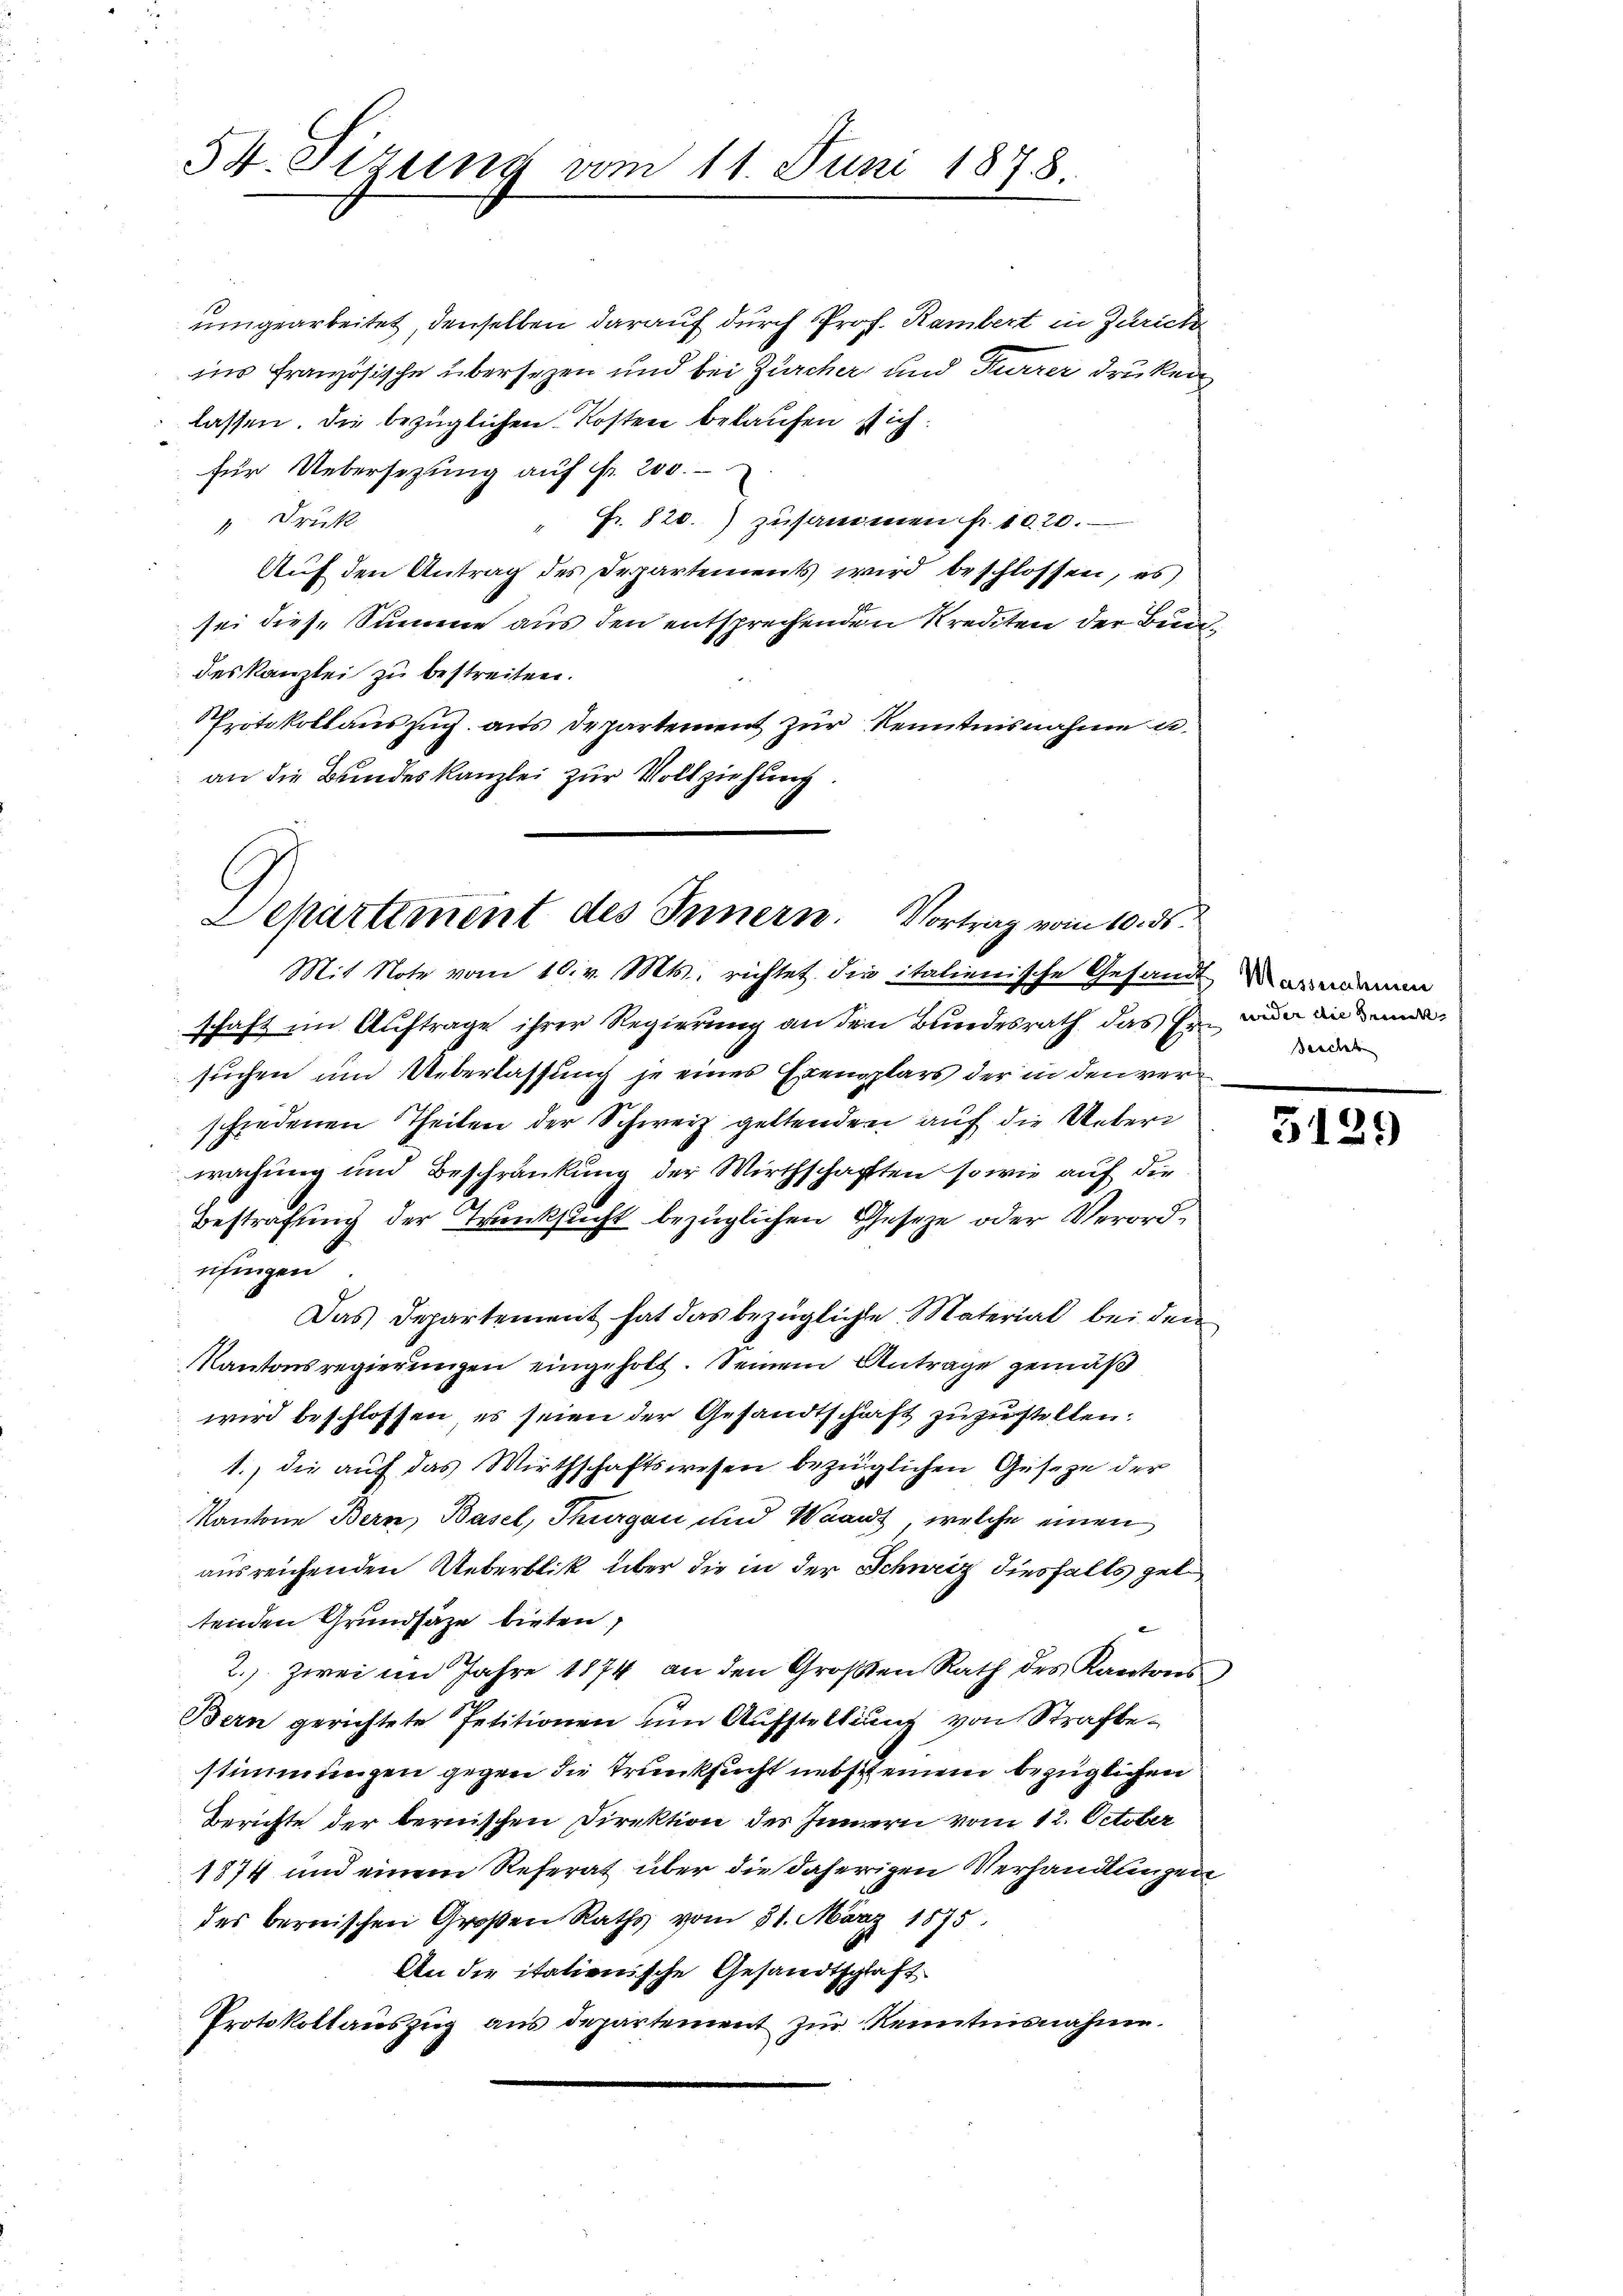
54. Sizung vom 11. Juni 1878.

lassen. Die bezüglichen Kosten belaufen sich
für Uebersezung auf Fr. 200.
 Druck
des Kanzlei zu bestreiten.
an die Bundeskanzlei zur Vollziehung.
Mit Note vom 10. v. Mts. richtet die italienische Gesandt inden
schaft im Auftrage ihrer Regierung an den Bundesrath das Er nun da mud
suchen und Ueberlassung je eines Exemplars der in den verschiedenen Theilen der Schweiz geltenden auf die Ueberwachung und Beschränkung der Wirthschaften sowie auf die
Bestrafung der Trunksucht bezüglichen Gesetze oder Verordufingen
Das Departement hat das bezügliche Material bei den
Kantonsregierungen eingeholt. Seinem Antrage gemäß
wird beschlossen, es seien der Gesandtschaft zuzustellen.
1., die auf das Wirthschaftswesen bezüglichen Gesetze der
Kantone Bern, Basel, Thurgau und Waadt, welche einen
ausreichenden Ueberblik über die in der Schweiz diesfalls gel
tenden Grundsätze bieten,
2.) Zwei im Jahre 1874 an den Großen Rath des Kantons
Bern gerichtete Petitionen um Aufstellung von Strafbestimmungen gegen die Trunksucht nebst einem bezüglichen
Berichte der bernischen Direktion des Innern vom 12. October
1874 und einem Referat über die daherigen Verhandlungen
des bernischen Großen Raths vom 31. März 1875.
An die itationische Gesandtschlaft
Protokollauszug aus departement zur Kenntnisnahme.

Departiment des Innern. Vortrag vom 10. ds.

umgearbeitet, denselben darauf durch Prof. Rambert in Zürich
ins französische übersezen und bei Zürcher und Furrer drucken
Fr. 820.) zusammen fr. 1020.
Auf den Antrag des Departements wird beschlossen, es
sei diese Summe aus den entsprechenden Krediten der Bun¬
Protokollauszug aus Departement zur Kenntnisnahme u.

Brecht

5129